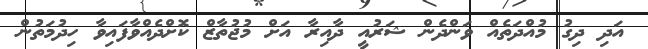
އަދި ދިގު މުއްދަތެއް ވަންދެން ޝަރުއީ ދާއިރާ އަށް މުޖުތާޒް ކޮށްދެއްވާފައިވާ ހިދުމަތުން